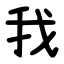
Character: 我